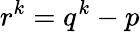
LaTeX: r^{k}=q^{k}-p